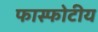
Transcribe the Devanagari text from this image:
फास्फोटीय